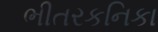
ભીતરકનિકા